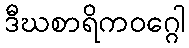
ဒီဃစာရိကဝဂ္ဂေါ